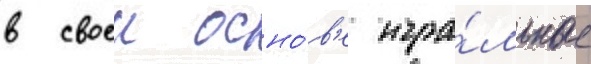
в своеи осно́в'е игра́льные